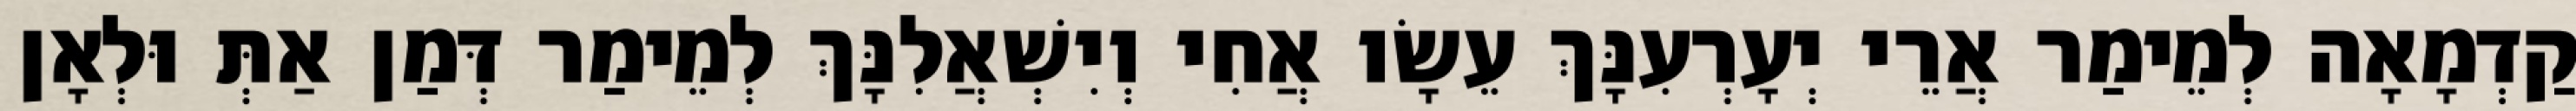
קַדְמָאָה לְמֵימַר אֲרֵי יְעָרְעִנָּךְ עֵשָׂו אֲחִי וְיִשְׁאֲלִנָּךְ לְמֵימַר דְּמַן אַתְּ וּלְאָן